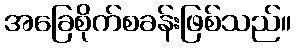
အခြေစိုက်စခန်းဖြစ်သည်။